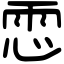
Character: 𩂈